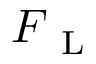
\boldsymbol { F } _ { \textup { L } }